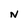
Character: N